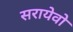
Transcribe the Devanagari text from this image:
सरायेवो